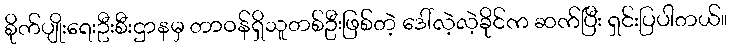
စိုက်ပျိုးရေးဦးစီးဌာနမှ တာဝန်ရှိသူတစ်ဦးဖြစ်တဲ့ ဒေါ်လဲ့လဲ့ခိုင်က ဆက်ပြီး ရှင်းပြပါတယ်။